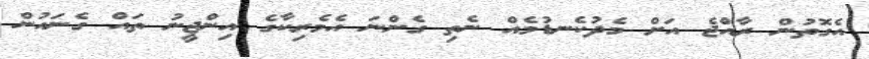
އެގޮތުން ރާއްޖެ އަށް މެދުކެނޑުމެއް ނެތި ގެންނަ އެމެރިކާގެ އިންޖީނު ތައް ގެނައުން